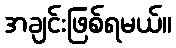
အချင်းဖြစ်ရမယ်။